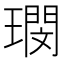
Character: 𭹺